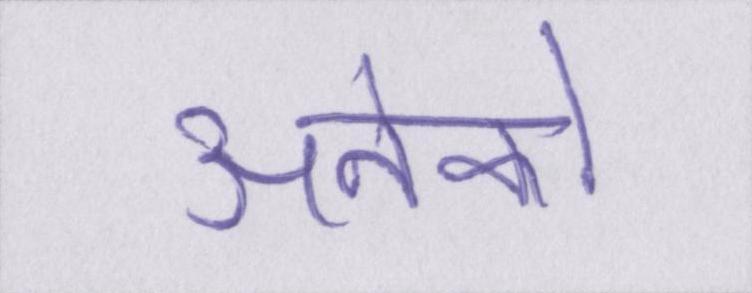
अनेको